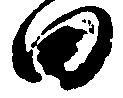
田